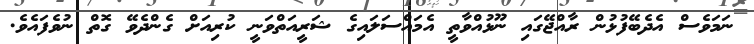
ނަމަވެސް އެދެބޭފުޅުން ރާއްޖޭގައި ނޫޅުއްވާތީ އެމައްސަލައިގެ ޝަރީއަތްވަނީ ކުރިއަށް ގެންދެވޭ ގޮތް ނުވެފައެވެ.